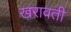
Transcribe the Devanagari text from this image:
खरावती